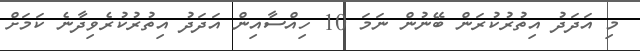
މި އަދަދު އިތުރުކުރަން ބޭނުން ނަމަ 10 ހިއްސާއިން އަދަދު އިތުރުކުރެވިދާނެ ކަމަށް